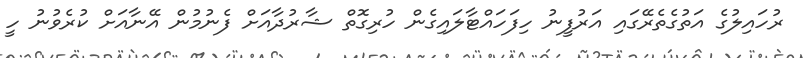
ރުހައިލުގެ އަތުގެތެރޭގައި އަރުފީނު ހިފަހައްޓާލައިގެން ހުރިގޮތް ޝާރުދާއަށް ފެނުމުން އޭނާއަށް ކުރެވުނު ހީ